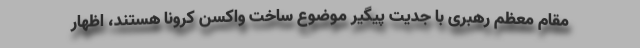
مقام معظم رهبری با جدیت پیگیر موضوع ساخت واکسن کرونا هستند، اظهار